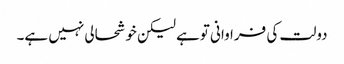
دولت کی فراوانی توہے لیکن خوشحالی نہیں ہے۔